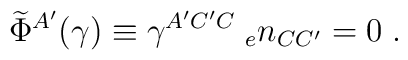
{\widetilde \Phi}^{A'}(\gamma) \equiv \gamma^{A'C'C} \; {_{e}n_{CC'}}=0 \; .